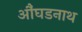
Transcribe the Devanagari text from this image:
औंघडनाथ